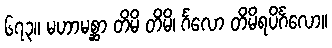
၆၇၃။ မဟာမစ္ဆာ တိမိ တိမိ၊ င်္ဂလော တိမိရပိင်္ဂလော။